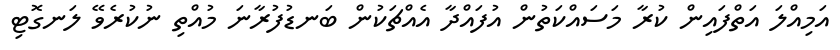
އަމިއްލަ އަތްފައިން ކުރާ މަސައްކަތުން އުފައްދާ އެއްޗަކުން ބަނޑުފުރާނަ މުއްތި ނުކުރެވޭ ލަނގޮޓި